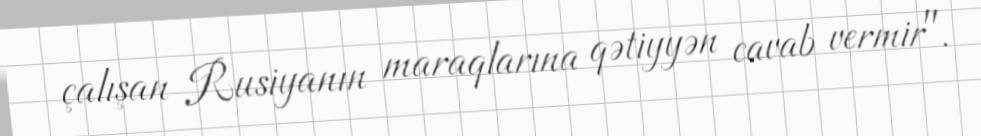
çalışan Rusiyanın maraqlarına qətiyyən cavab vermir".